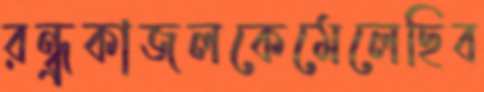
রন্ধ্রকাজলকেমেলেছিব